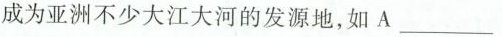
成为亚洲不少大江大河的发源地，如A___